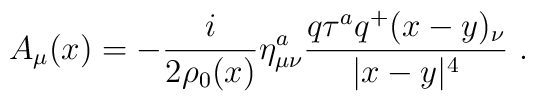
A_\mu(x)=-\frac{i}{2\rho_0(x)}\eta^a_{\mu\nu}\frac{q\tau^a q^+(x-y)_\nu}{|x-y|^4}~.